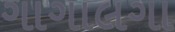
ગાગાલગા